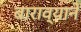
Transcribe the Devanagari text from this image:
बाराव्याने